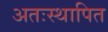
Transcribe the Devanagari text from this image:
अतःस्थापित